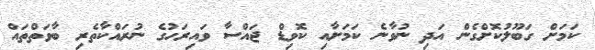
ކަމަށް ގަބޫލުކޮށްގެން އަދި ނުވާނެ ކަމަށާއި ކޮވިޑް ޖައްސާ ވައިރަހުގެ ނުރައްކާތެރި ބާވަތްތައް